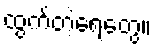
ထွက်တဲ့ရေတွေ။